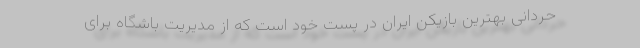
حردانی بهترین بازیکن ایران در پست خود است که از مدیریت باشگاه برای